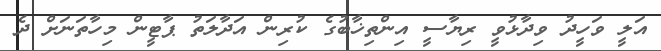
އަލީ ވަހީދު ވިދާޅުވީ ރިޔާސީ އިންތިޚާބުގެ ކުރިން އަދާލަތު ޕާޓީން މިހާތަނަށް ދެ